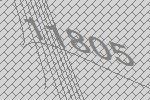
11805